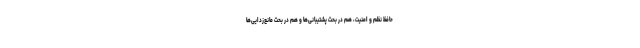
حافظ نظم و امنیت، هم در بحث پشتیبانی‌ها و هم در بحث مانع‌زدایی‌ها